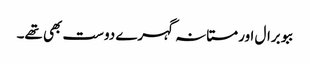
ببو برال اور مستانہ گہرے دوست بھی تھے۔